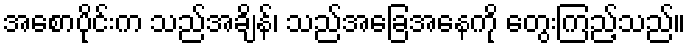
အစောပိုင်းက သည်အချိန်၊ သည်အခြေအနေကို တွေးကြည့်သည်။